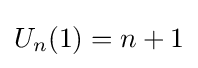
U_{n}(1)=n+1